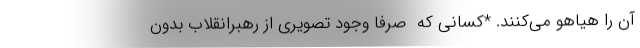
آن را هیاهو می‌کنند. *کسانی که ‌ صرفاً وجود تصویری از رهبرانقلاب بدون